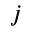
j